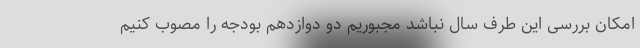
امکان بررسی این طرف سال نباشد مجبوریم دو دوازدهم بودجه را مصوب کنیم